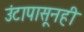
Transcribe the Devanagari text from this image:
उंटापासूनही